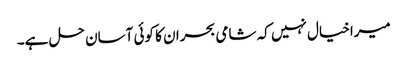
میراخیال نہیں کہ شامی بحران کا کوئی آسان حل ہے۔